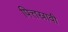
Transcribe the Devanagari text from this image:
पित्तस्रावी